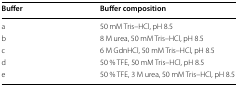
<table><thead><tr><td><b>Buffer</b></td><td><b>Buffer composition</b></td></tr></thead><tbody><tr><td>a</td><td>50 mM Tris–HCl, pH 8.5</td></tr><tr><td>b</td><td>8 M urea, 50 mM Tris–HCl, pH 8.5</td></tr><tr><td>c</td><td>6 M GdnHCl, 50 mM Tris–HCl, pH 8.5</td></tr><tr><td>d</td><td>50 % TFE, 50 mM Tris–HCl, pH 8.5</td></tr><tr><td>e</td><td>50 % TFE, 3 M urea, 50 mM Tris–HCl, pH 8.5</td></tr></tbody></table>